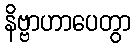
နိဗ္ဗာဟာပေတွာ